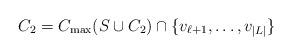
LaTeX: \begin{align*}C_2=C_{\max}(S\cup C_2)\cap\{v_{\ell+1},\dots,v_{|L|}\}\end{align*}